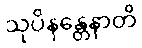
သုပိနန္တေနာတိ